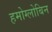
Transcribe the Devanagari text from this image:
हमोग्लोबिन